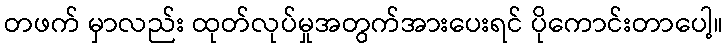
တဖက် မှာလည်း ထုတ်လုပ်မှုအတွက်အားပေးရင် ပိုကောင်းတာပေါ့။